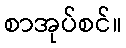
စာအုပ်စင်။